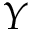
Y